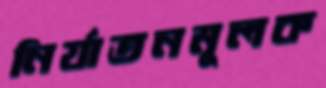
নির্যাতনমূলক